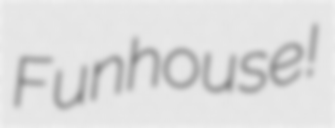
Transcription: Funhouse!